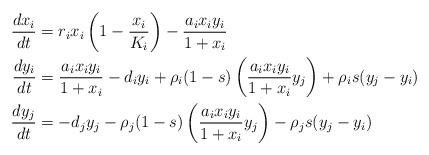
LaTeX: \begin{align*}\begin{aligned}\frac{dx_i}{dt} & =r_i x_i\left(1 - \frac{x_i}{K_i}\right) - \frac{a_i x_i y_i}{1 + x_i} \\\frac{dy_i}{dt} & = \frac{a_i x_i y_i}{1 + x_i} -d_i y_i+\rho_i(1-s)\left(\frac{a_ix_iy_i}{1+x_i}y_j\right)+ \rho_is( y_j-y_i)\\\frac{dy_j}{dt} & = -d_j y_j-\rho_j(1-s)\left(\frac{a_ix_iy_i}{1+x_i}y_j\right)- \rho_js( y_j-y_i)\end{aligned}\end{align*}